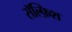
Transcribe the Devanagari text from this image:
सॅल्फ़िश